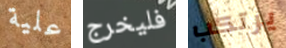
علية فليخرج يرتكب